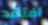
أفتقد